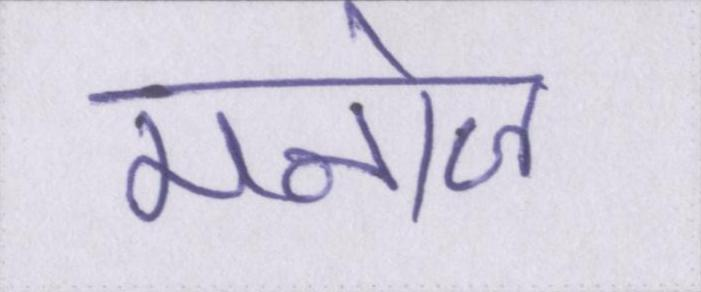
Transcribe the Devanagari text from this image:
मनोज